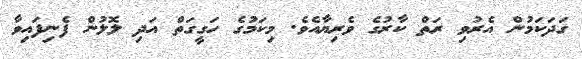
ގަދަކަމުން އެރުވި ރަތް ކާރުގެ ވެރިޔާއެވެ. މިކަމުގެ ހަގީގަތް އަދި ލޮލުން ފެނިފައިވާ